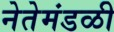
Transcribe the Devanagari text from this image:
नेतेमंडळी